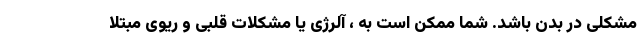
مشکلی در بدن باشد. شما ممکن است به ، آلرژی یا مشکلات قلبی و ریوی مبتلا